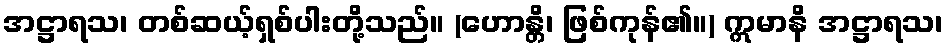
အဋ္ဌာရသ၊ တစ်ဆယ့်ရှစ်ပါးတို့သည်။ (ဟောန္တိ၊ ဖြစ်ကုန်၏။) ဣမာနိ အဋ္ဌာရသ၊